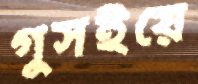
গুসইয়ে